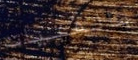
بالفتيات